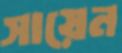
সায়েন